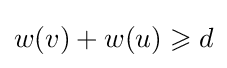
w(v)+w(u)\geqslant d